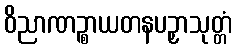
ဝိညာဏဉ္စာယတနပဉှာသုတ္တံ